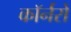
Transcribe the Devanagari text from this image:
कॉर्नरों